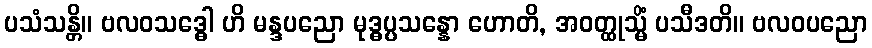
ပသံသန္တိ။ ဗလဝသဒ္ဓေါ ဟိ မန္ဒပညော မုဒ္ဓပ္ပသန္နော ဟောတိ, အဝတ္ထုသ္မိံ ပသီဒတိ။ ဗလဝပညော